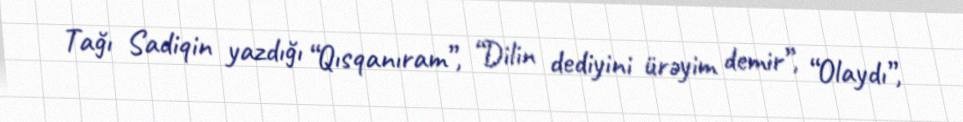
Tağı Sadiqin yazdığı “Qısqanıram”, “Dilin dediyini ürəyim demir”, “Olaydı”,